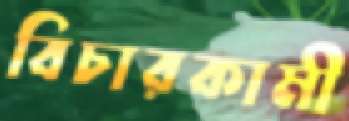
বিচারকামী